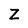
Character: Z